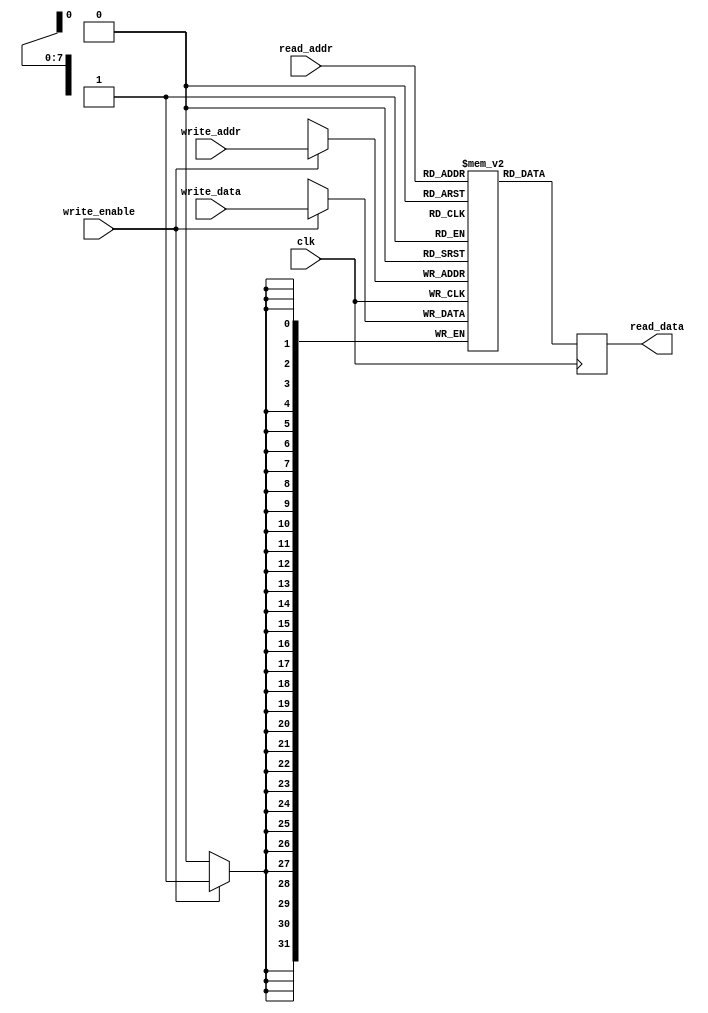
module single_port_register_file (
    input wire clk,
    input wire [7:0] read_addr,
    input wire [7:0] write_addr,
    input wire write_enable,
    input wire [31:0] write_data,
    output reg [31:0] read_data
);

reg [31:0] registers [255:0];

always @(posedge clk) begin
    if (write_enable) begin
        registers[write_addr] <= write_data;
    end
    
    read_data <= registers[read_addr];
end

endmodule